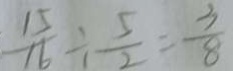
\frac { 1 5 } { 1 6 } \div \frac { 5 } { 2 } = \frac { 3 } { 8 }